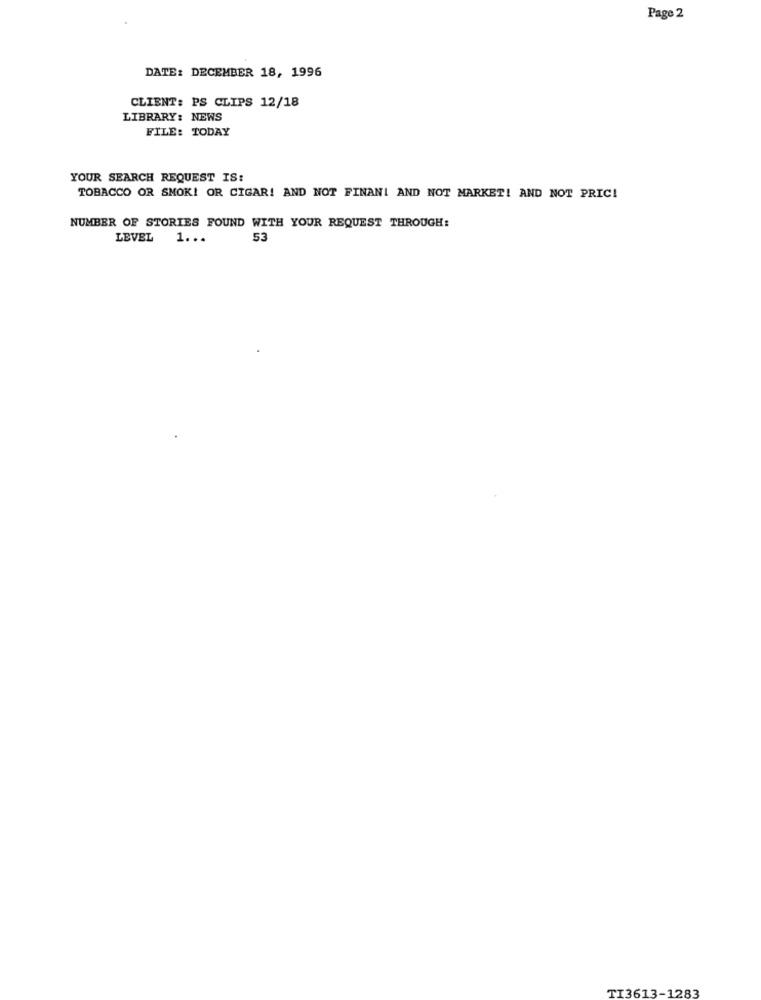
Page 2
DATE: DECEMBER 18, 1996
CLIENT: PS CLIPS 12/18
LIBRARY: NEWS
FILE: TODAY
YOUR SEARCH REQUEST IS:
TOBACCO OR SMOK! OR CIGAR! AND NOT FINANI AND NOT MARKET! AND NOT PRIC!
NUMBER OF STORIES FOUND WITH YOUR REQUEST THROUGH:
LEVEL 1 ...
53
TI3613-1283